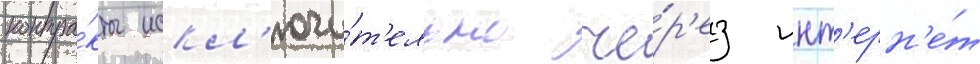
контра́кты искл'ючи́т'ельно че́р'ез инт'ерн'е́т